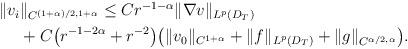
LaTeX: \begin{align*}\begin{aligned}\|v_i&\|_{C^{(1+\alpha)/2,1+\alpha}}\leq C r^{-1-\alpha}\|\nabla v\|_{L^p(D_T)}\\&+ C\big(r^{-1-2\alpha}+r^{-2}\big)\big(\|v_{0}\|_{C^{1+\alpha}}+\|f\|_{L^p(D_T)}+\|g \|_{C^{\alpha/2,\alpha}}\big).\end{aligned}\end{align*}